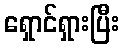
ရှောင်ရှားပြီး